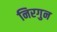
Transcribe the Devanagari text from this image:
निरगुन